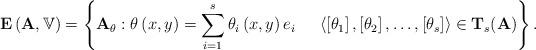
LaTeX: \begin{align*}{\bf E}\left( {\bf A},{\mathbb V}\right) =\left\{ {\bf A}_{\theta }:\theta \left( x,y\right) = \sum_{i=1}^{s}\theta _{i}\left( x,y\right) e_{i} \ \ \ \ \left\langle \left[ \theta _{1}\right] ,\left[ \theta _{2}\right] ,\dots,\left[ \theta _{s}\right] \right\rangle \in {\bf T}_{s}({\bf A}) \right\} .\end{align*}